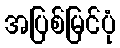
အပြစ်မြင်ပုံ